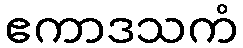
ဧကာဒသကံ